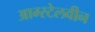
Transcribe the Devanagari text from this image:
आम्स्टेलवीन